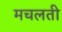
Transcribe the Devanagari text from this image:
मचलती